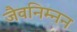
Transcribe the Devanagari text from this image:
जैवनिम्नन